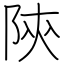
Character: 陝